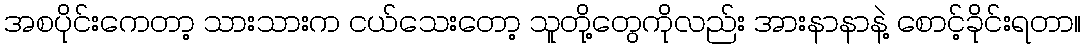
အစပိုင်းကေတာ့ သားသားက ငယ်သေးတော့ သူတို့တွေကိုလည်း အားနာနာနဲ့ စောင့်ခိုင်းရတာ။